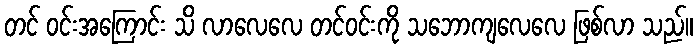
တင် ဝင်းအကြောင်း သိ လာလေလေ တင်ဝင်းကို သဘောကျလေလေ ဖြစ်လာ သည်။